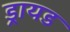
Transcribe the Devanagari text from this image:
ड्रायड